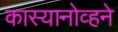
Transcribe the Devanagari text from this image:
कास्यानोव्हने